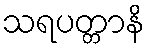
သရပတ္တာနိ